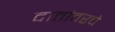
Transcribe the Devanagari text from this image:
दातांवरचे